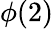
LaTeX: \phi(2)